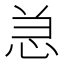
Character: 𰑑